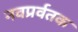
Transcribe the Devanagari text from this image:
नवप्रर्वतक